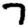
Digit: 7